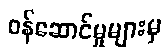
ဝန်ဆောင်မှုများမှ